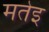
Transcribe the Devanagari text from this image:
मतेइ